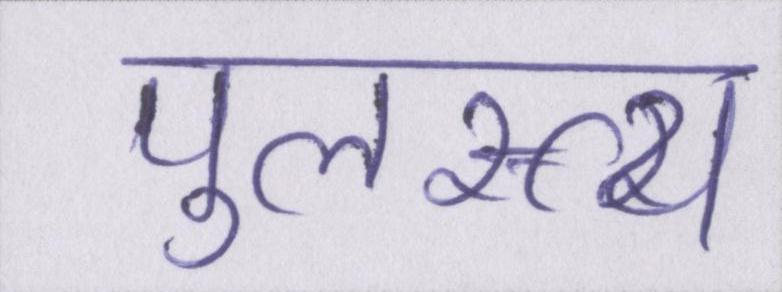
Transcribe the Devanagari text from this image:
पुलस्त्य